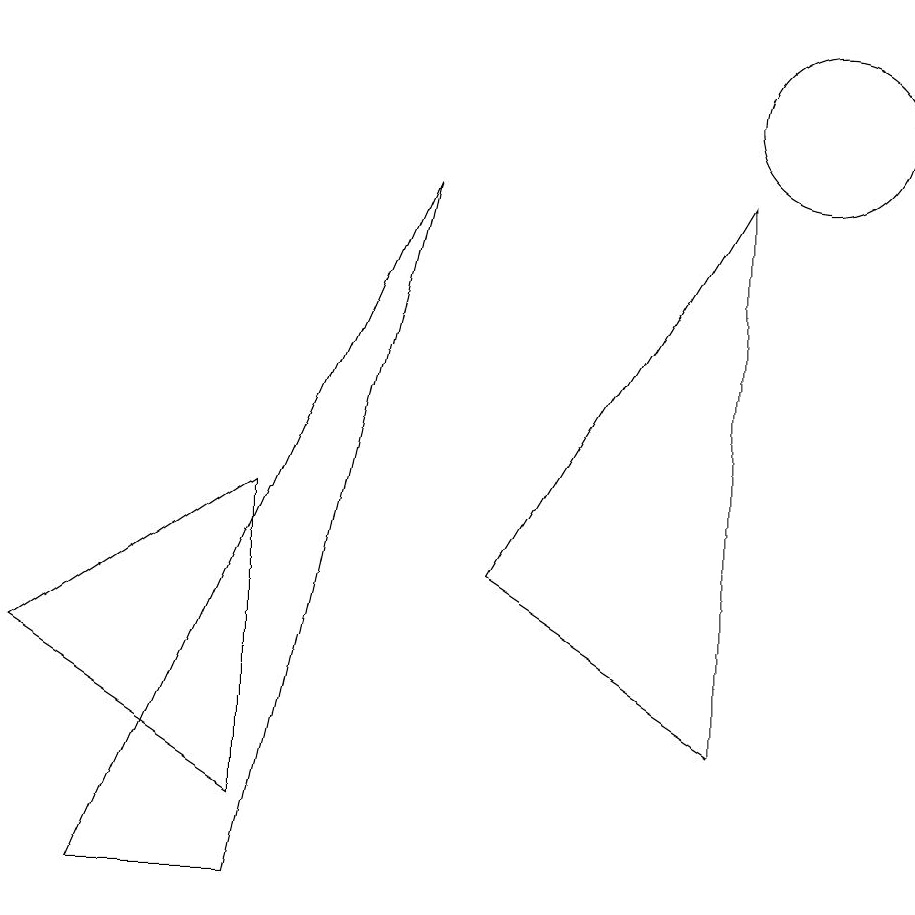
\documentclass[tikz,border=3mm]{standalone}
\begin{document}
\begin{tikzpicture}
\draw (10,10) circle (1);
\draw (3,0) -- (1,0) -- (5,9) -- cycle;
\draw (3,5) -- (3,1) -- (0,3) -- cycle;
\draw (9,9) -- (6,4) -- (9,2) -- cycle;
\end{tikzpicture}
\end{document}